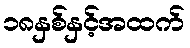
၁၈နှစ်နှင့်အထက်